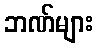
ဘဏ်များ